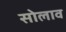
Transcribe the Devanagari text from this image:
सोलाव